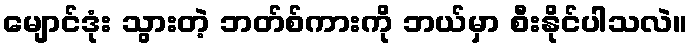
မျောင်ဒုံး သွားတဲ့ ဘတ်စ်ကားကို ဘယ်မှာ စီးနိုင်ပါသလဲ။